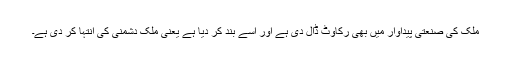
ملک کی صنعتی پیداوار میں بھی رکاوٹ ڈال دی ہے اور اسے بند کر دیا ہے یعنی ملک دشمنی کی انتہا کر دی ہے۔